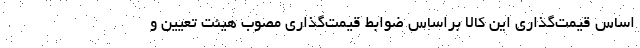
اساس قیمت‌گذاری این کالا براساس ضوابط قیمت‌گذاری مصوب هیئت تعیین و